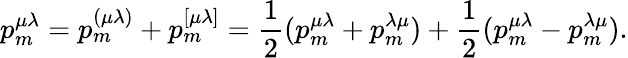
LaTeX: p_{m}^{\mu\lambda}=p_{m}^{(\mu\lambda)}+p_{m}^{[\mu\lambda]}=\frac 12(p_{m}^{\mu\lambda}+p_{m}^{\lambda\mu})+\frac 12(p_{m}^{\mu\lambda}-p_{m}^{\lambda\mu}).